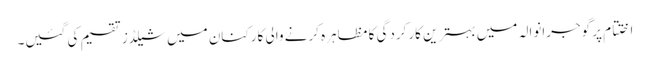
اختتام پر گوجرانوالہ میں بہترین کارکردگی کا مظاہرہ کرنے والی کارکنان میں شیلڈز تقسیم کی گئیں۔